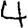
Digit: 4